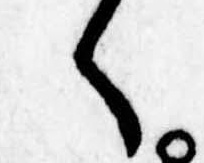
く